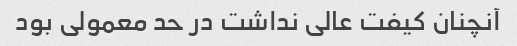
آنچنان کیفت عالی نداشت در حد معمولی بود